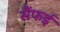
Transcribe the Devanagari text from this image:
सैंफई